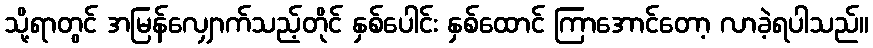
သို့ရာတွင် အမြန်လျှောက်သည့်တိုင် နှစ်ပေါင်း နှစ်ထောင် ကြာအောင်တော့ လာခဲ့ရပါသည်။